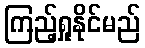
ကြည့်ရှုနိုင်မည်